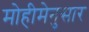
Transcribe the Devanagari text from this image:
मोहीमेनुसार